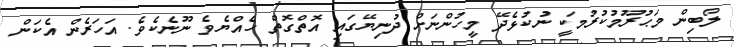
ލޯބިން މަޙުރޫމުކުރުމަކީ ނުކުޅެދޭ މީހުންނަށް ދުނިޔޭގައި އޮތްގޮތް ހެއްޔެވެ ނޫނެކެވެ. އަހަރެން އެކަން